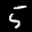
Label: 5